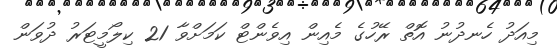
މިއަދު ހެނދުނު އޮތް ރޭހުގެ މެއިން އިވެންޓް ކަމަށްވާ 21 ކިލޯމީޓަރު ދުވަން